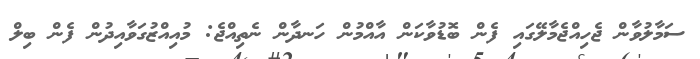
ސަމާލުވާން ޖެހިއްޖެމާލޭގައި ފެން ބޮޑުވާކަން އާއްމުން ހަނދާން ނެތިއްޖެ: މުއިއްޒުގަވާއިދުން ފެން ބިލް